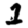
Digit: 1